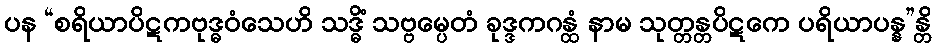
ပန “စရိယာပိဋကဗုဒ္ဓဝံသေဟိ သဒ္ဓိံ သဗ္ဗမ္ပေတံ ခုဒ္ဒကဂန္ထံ နာမ သုတ္တန္တပိဋကေ ပရိယာပန္န”န္တိ